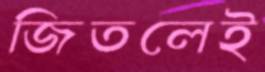
জিতলেই